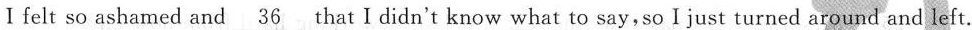
Ⅰfelt so ashamed and\underline{36}that I didn't know what to say,soI just turned around and left.